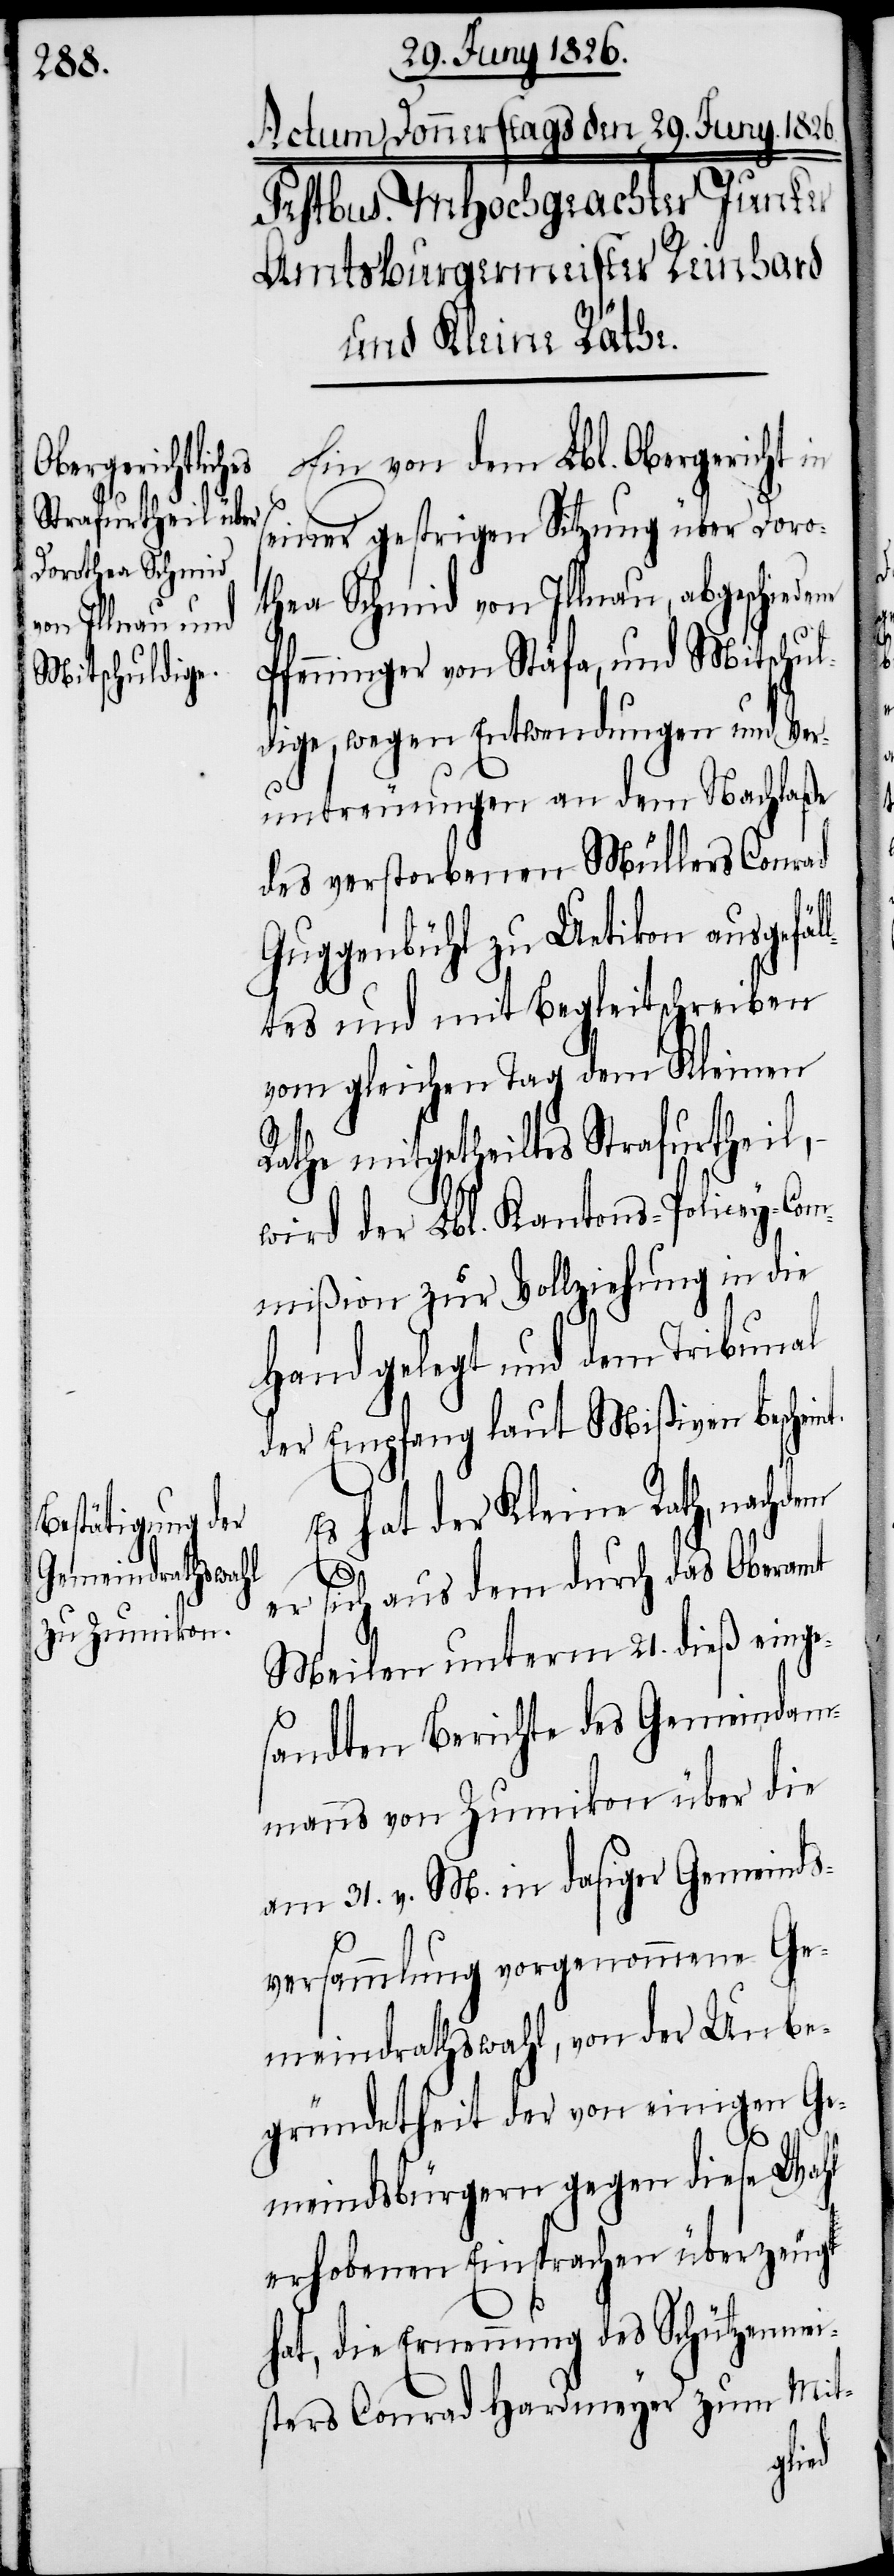
dem

Ein von dem Lbl. Obergericht in
seiner gestrigen Sitzung über Doro¬
thea Schmid von Illnau, abgeschiede¬
Pfenninger von Stäfa, und Mitschul¬
dige, wegen Entwendungen und Ver¬
untreuungen an dem Nachlaße
des verstorbenen Müllers Conrad
Guggenbühl zu Uetikon ausgefäl¬
ltes und mit Begleitschreiben
vom gleichen Tag dem Kleinen
Rathe mitgetheiltes Strafurtheil,
wird der Lbl. Kantons-Policey-Com¬
mißion zur Vollziehung in die
Hand gelegt und dem Tribunal
der Empfang laut Mißiven beschein¬
s hat der Kleine Rath, nach¬
er sich aus dem durch das Oberamt
Meilen unterm 21. dieß einge¬
sandten Berichte des Gemeindam¬
manns von Zumikon über die
am 31. v. M. in dasiger Gemeinds¬
E¬
versammlung vorgenommene Ge¬
meindrathswahl, von der Unbe¬
gründetheit der von einigen Ge¬
meindsbürgern gegen diese Wahl
erhobenen Einsprachen überzeugt
hat, die Ernennung des Schützenmei¬
sters Conrad Hardmeyer zum Mit-